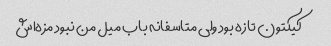
کیکتون تازه بود ولی متاسفانه باب میل من نبود مزه‌اش